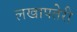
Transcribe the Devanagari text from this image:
लखापतेरी